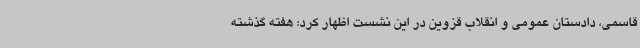
قاسمی، دادستان عمومی و انقلاب قزوین در این نشست اظهار کرد: هفته گذشته